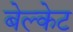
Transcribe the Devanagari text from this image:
बेल्केट